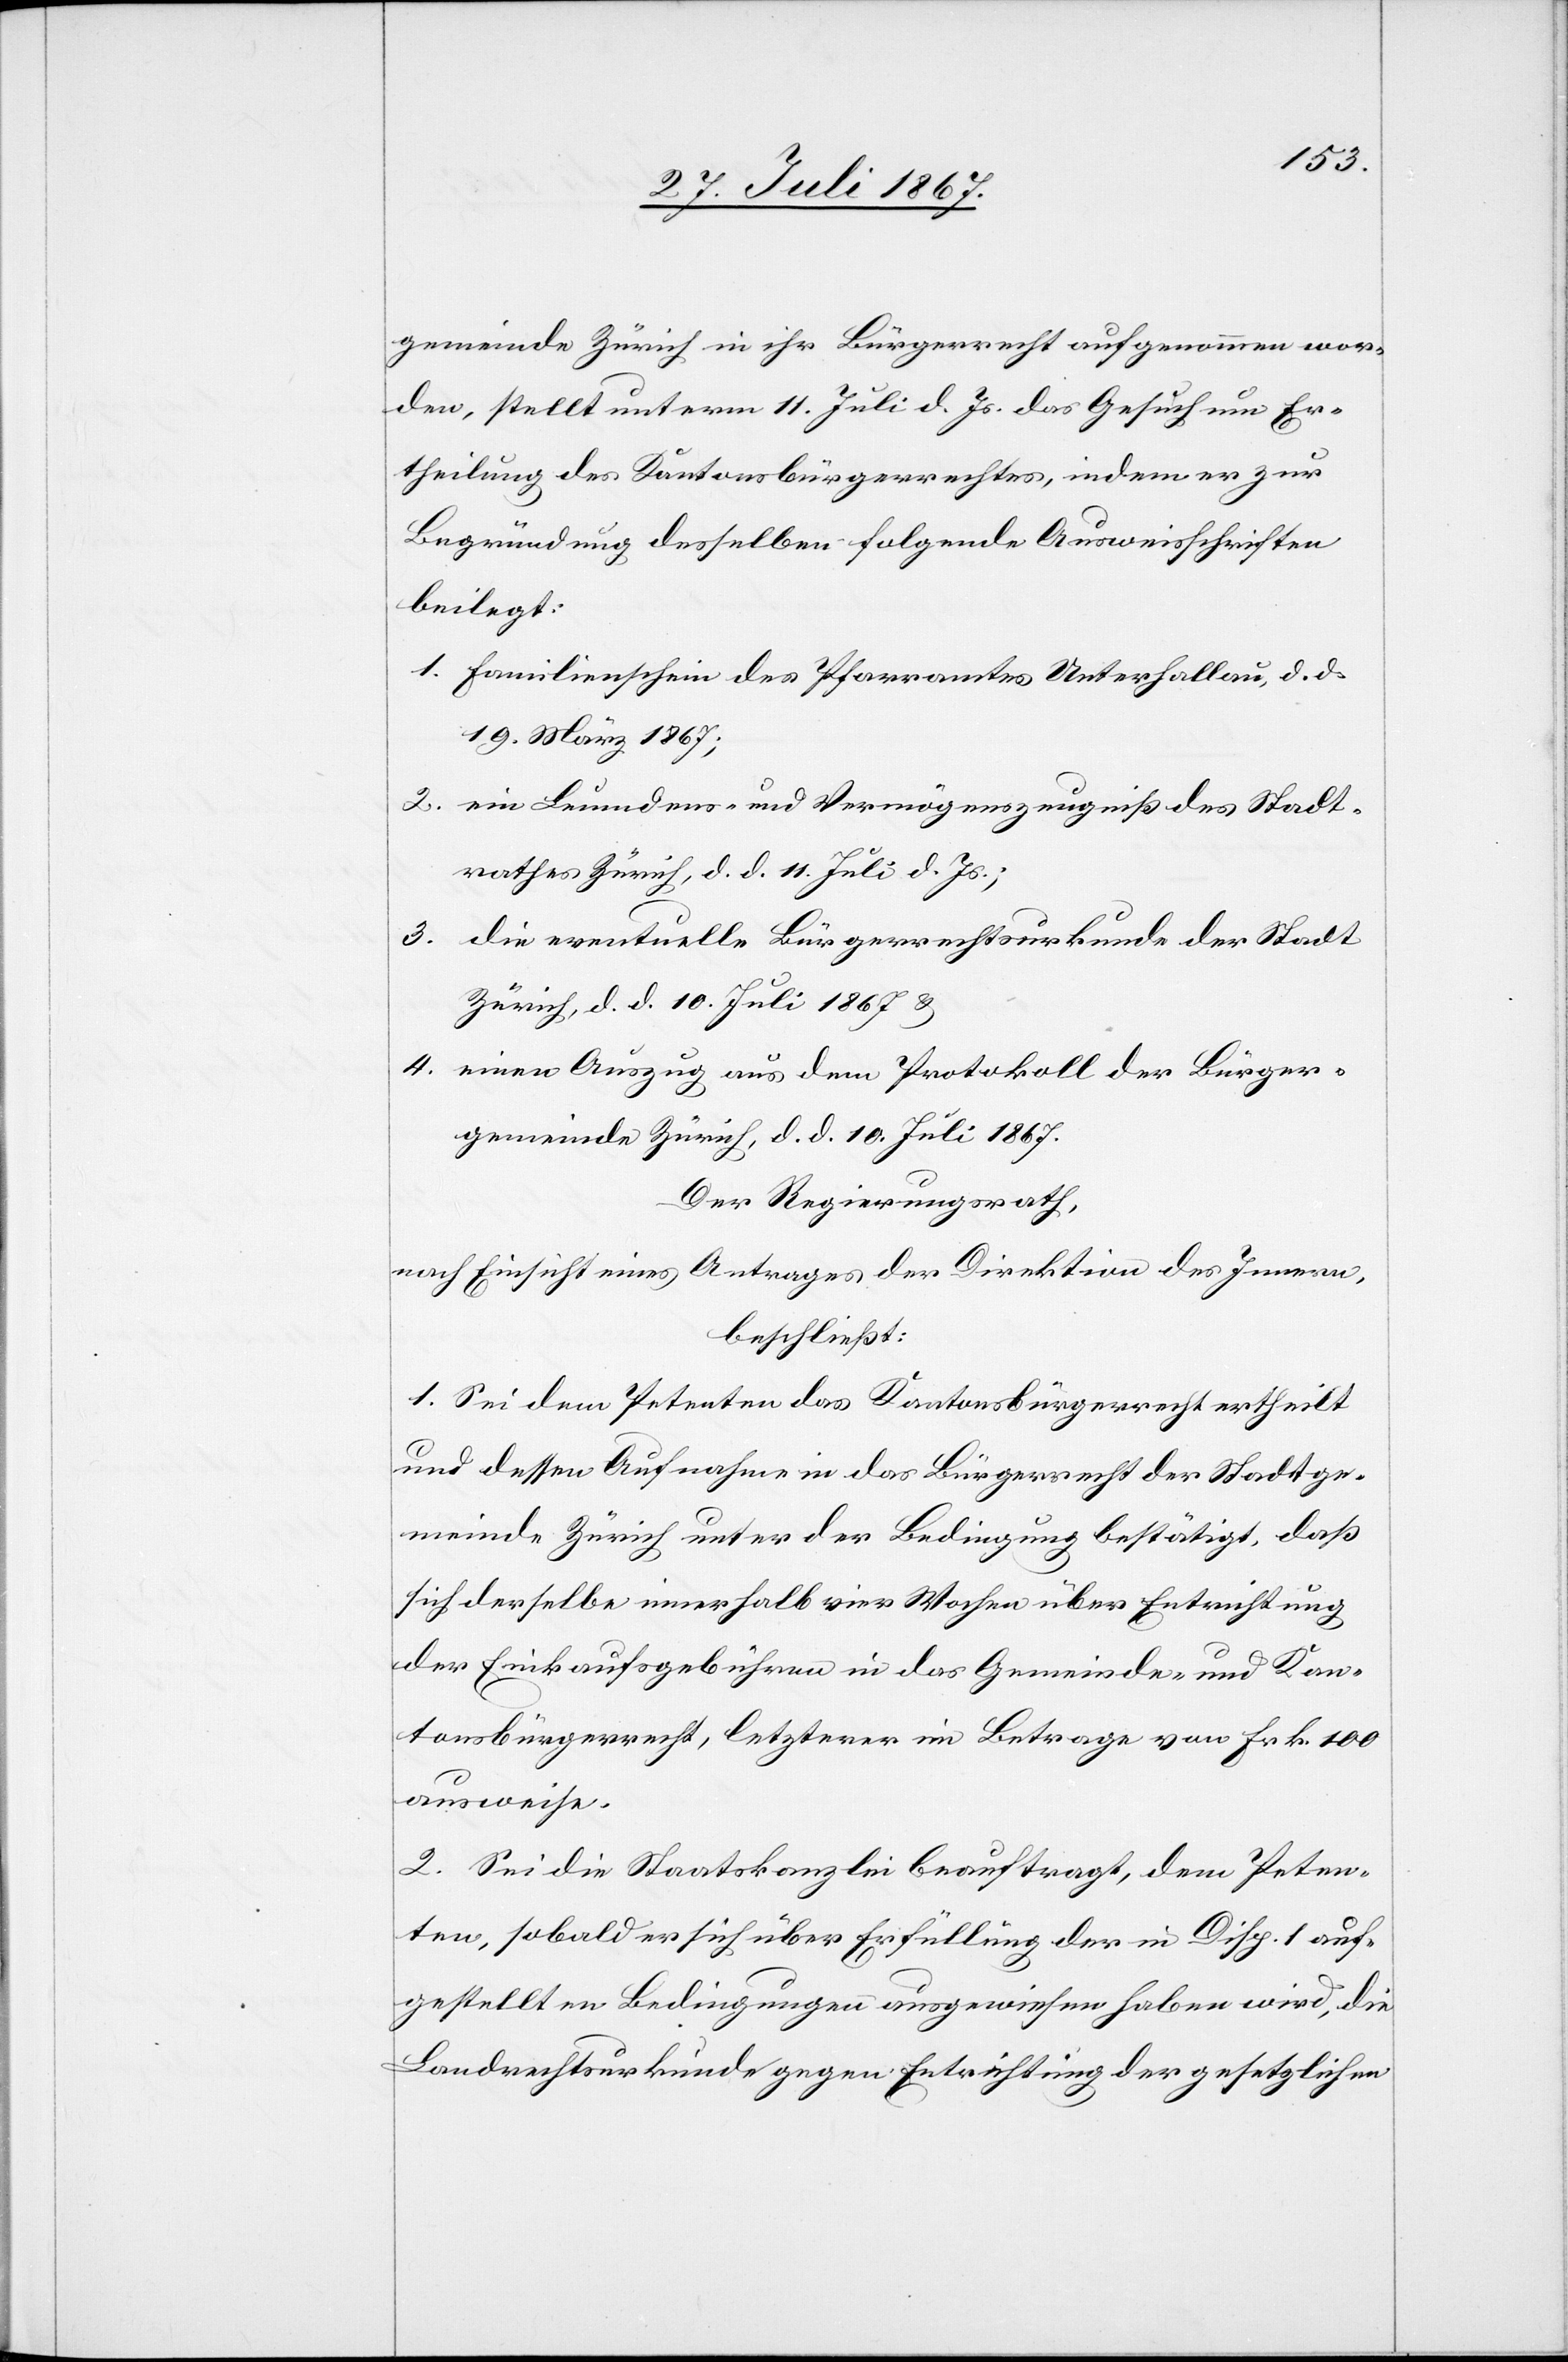
gemeinde Zürich in ihr Bürgerrecht aufgenommen wor¬
den, stellt unterm 11. Juli d. Js. das Gesuch um Er¬
theilung des Kantonsbürgerrechtes, indem er zur
Begründung desselben folgende Ausweisschriften
beilegt:
1. Familienschein des Pfarramtes Unterhallau, d. d.
19. März 1967;
2. ein Leumdens- und Vermögenszeugniß des Stadt¬
rathes Zürich, d. d. 11. Juli d. Js.;
3. die eventuelle Bürgerrechtsurkunde der Stadt
Zürich, d. d. 10. Juli 1867 u.
4. einen Auszug aus dem Protokoll der Bürger¬
gemeinde Zürich, d. d. 10. Juli 1867.
Der Regierungsrath,
nach Einsicht eines Antrages der Direktion des Innern,
beschließt:
1. Sei dem Petenten das Kantonsbürgerrecht ertheilt
und dessen Aufnahme in das Bürgerrecht der Stadtge¬
meinde Zürich unter der Bedingung bestätigt, daß
sich derselbe innerhalb vier Wochen über Entrichtung
der Einkaufsgebühren in das Gemeinde- und Kan¬
tonsbürgerrecht, letzterer im Betrage von Frk. 100
ausweise.
2. Sei die Staatskanzlei beauftragt, dem Peten¬
ten, sobald er sich über Erfüllung der in Disp. 1 auf¬
gestellten Bedingungen ausgewiesen haben wird, die
Landrechtsurkunde gegen Entrichtung der gesetzlichen